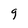
Character: 9